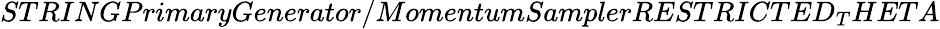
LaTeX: STRINGPrimaryGenerator/MomentumSamplerRESTRICTED_{T}HETA